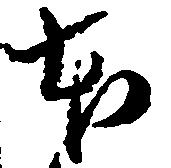
本